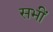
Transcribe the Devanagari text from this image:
सभीं